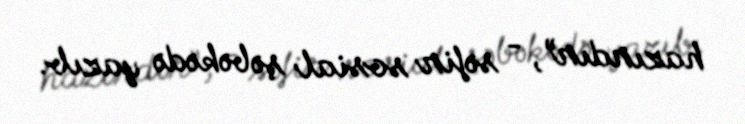
hazırdır”, - səfir sosial şəbəkədə yazıb.